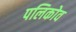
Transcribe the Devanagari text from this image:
पलिकोव